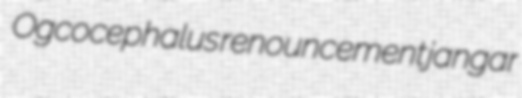
Ogcocephalus renouncement jangar